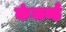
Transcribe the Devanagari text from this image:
कंजर्व्ड